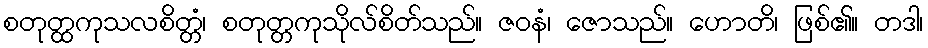
စတုတ္ထကုသလစိတ္တံ၊ စတုတ္တကုသိုလ်စိတ်သည်။ ဇဝနံ၊ ဇောသည်။ ဟောတိ၊ ဖြစ်၏။ တဒါ၊